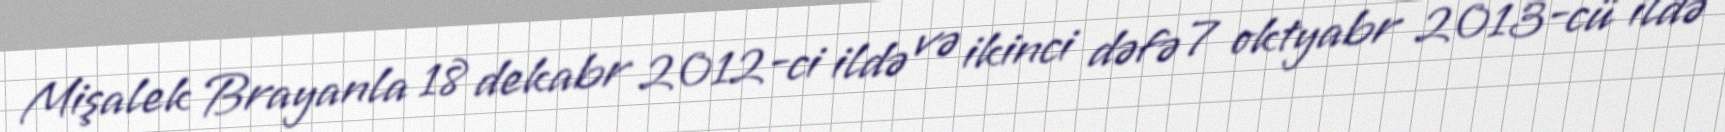
Mişalek Brayanla 18 dekabr 2012-ci ildə və ikinci dəfə 7 oktyabr 2013-cü ildə